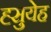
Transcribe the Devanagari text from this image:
ह्सुयेह